Annual vaccination report of Bihar and Orissa - 1911-1928
Year: 1911
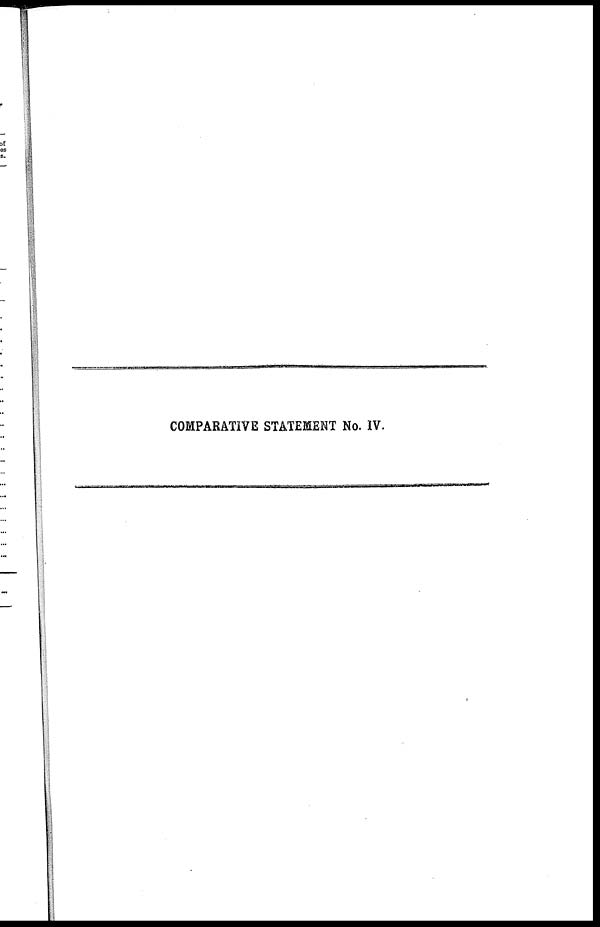
COMPARATIVE STATEMENT No. IV.